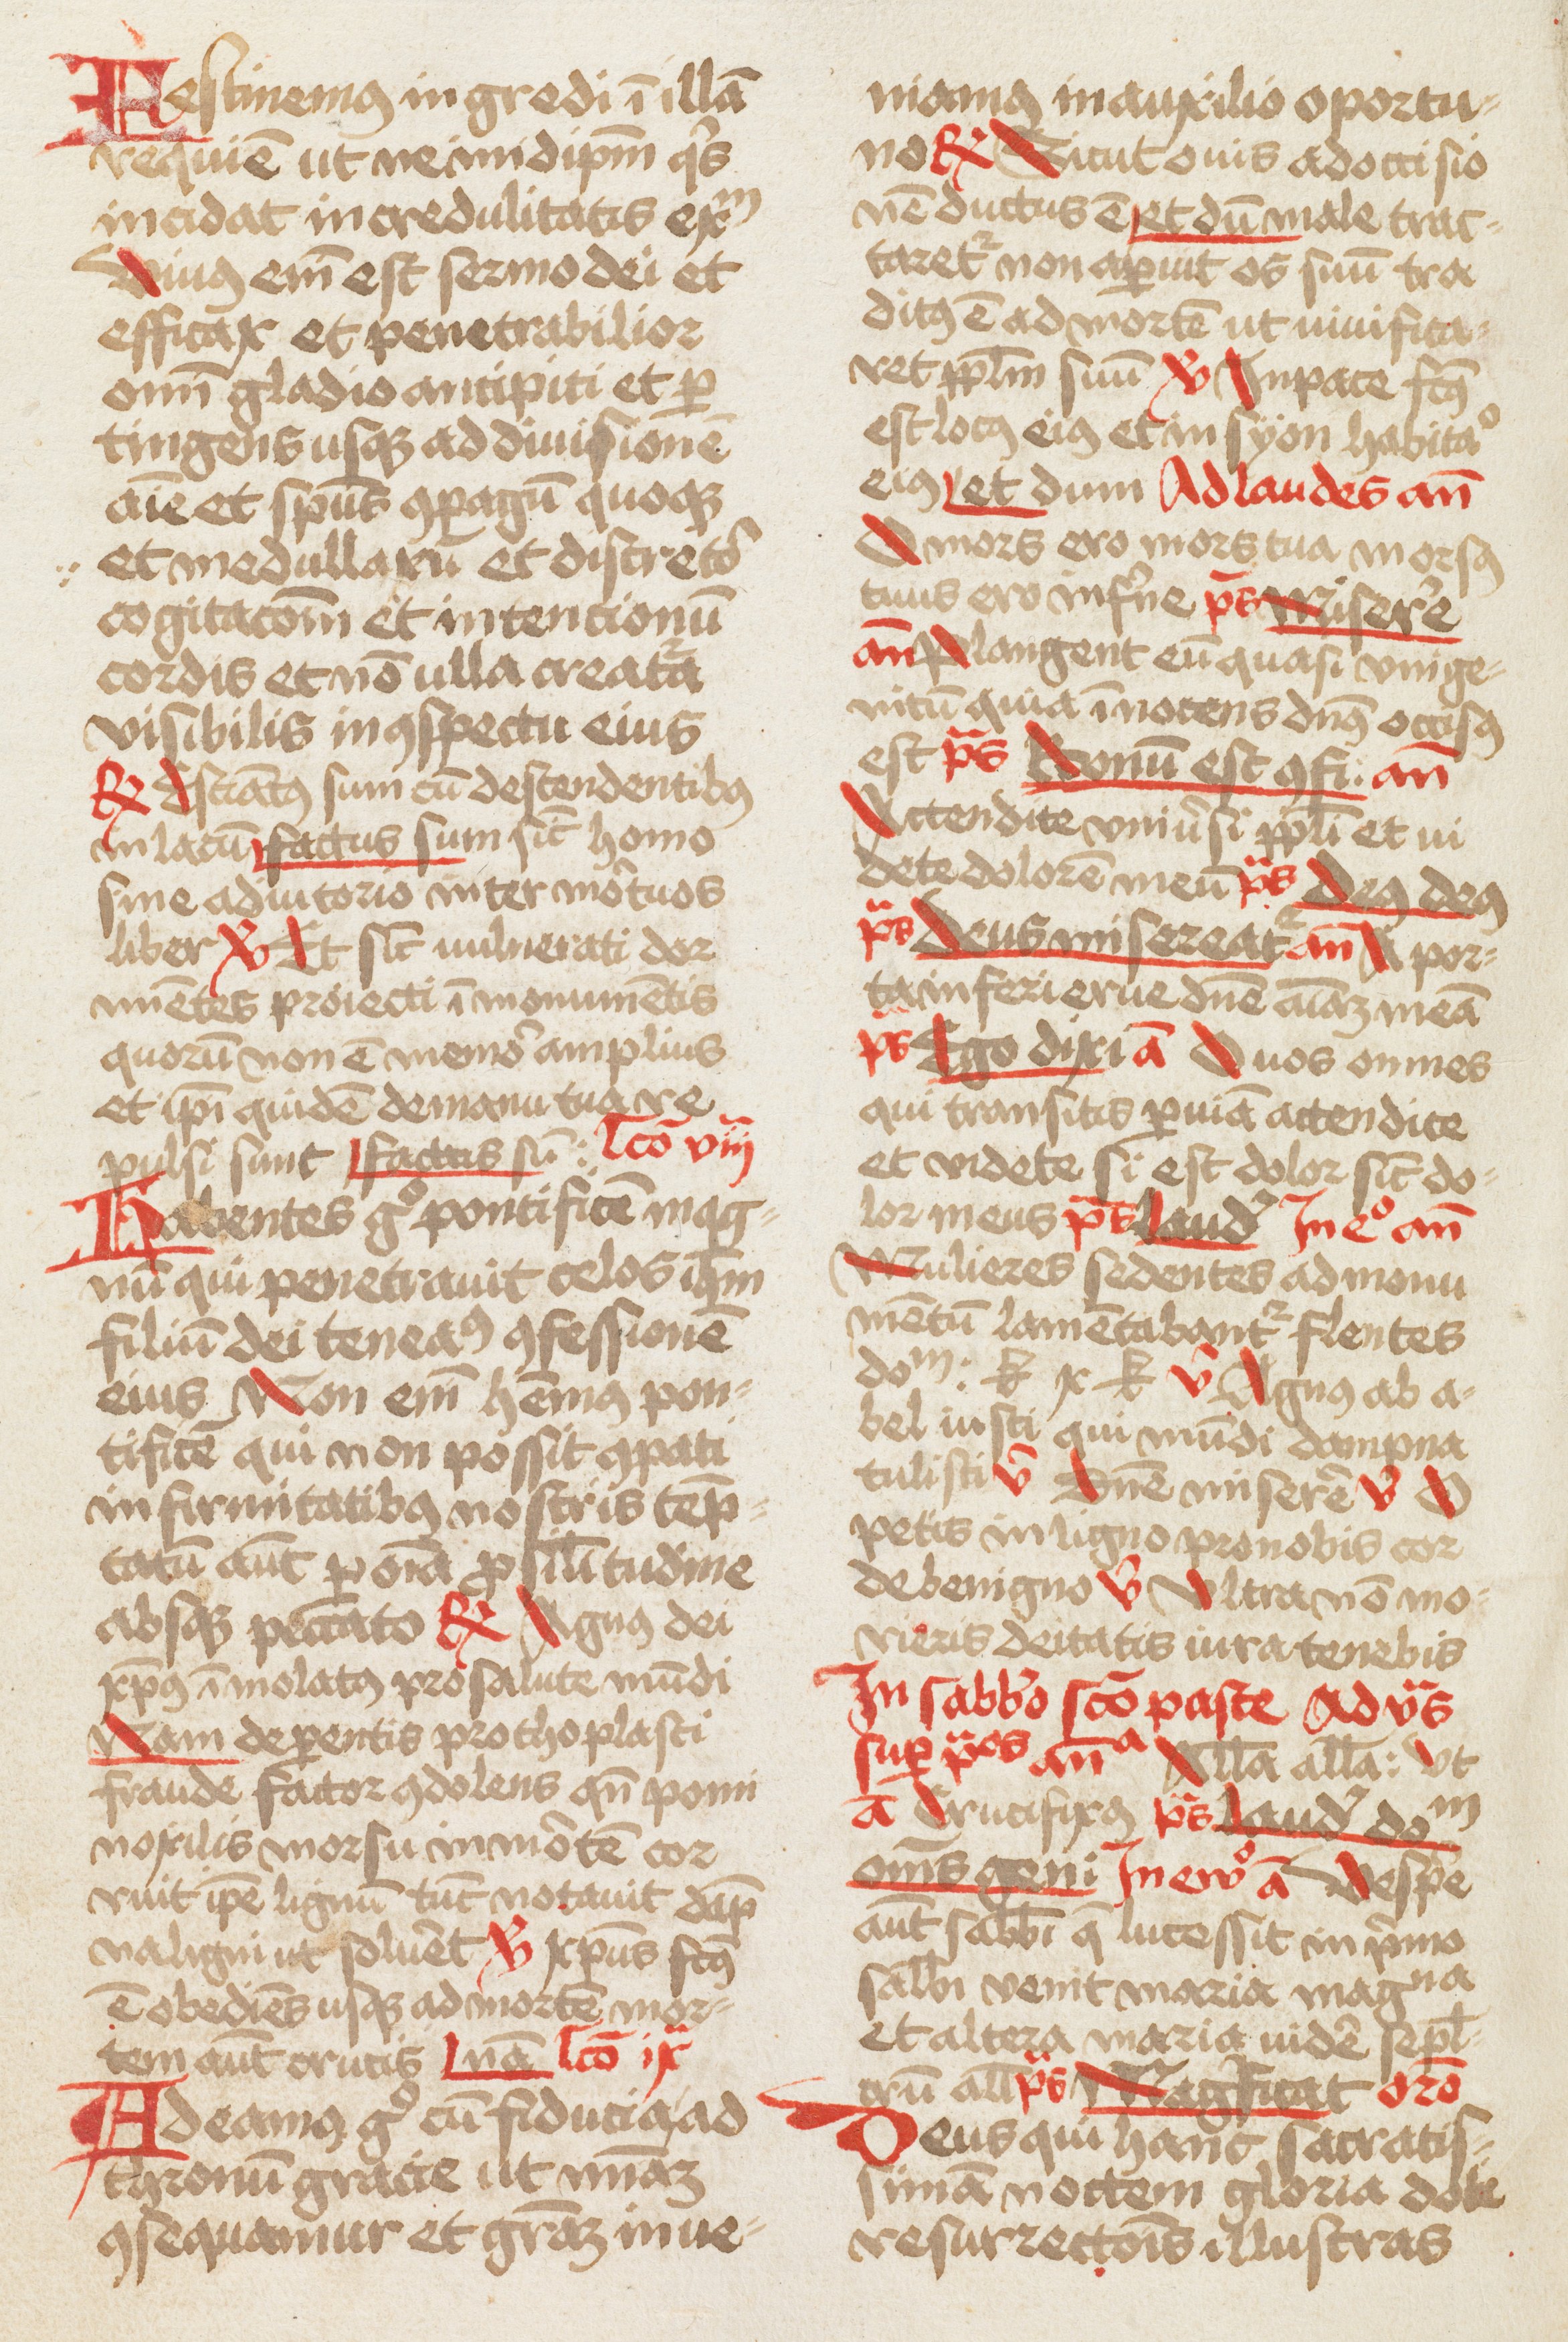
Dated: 1466–1466